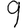
Digit: 9